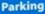
Parking